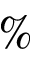
\%